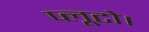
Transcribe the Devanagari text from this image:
प्लूटो।